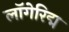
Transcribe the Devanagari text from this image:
लॉगेरिद्म